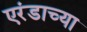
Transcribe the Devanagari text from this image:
एरंडाच्या